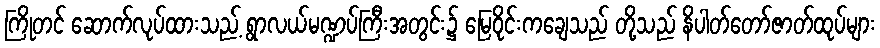
ကြိုတင် ဆောက်လုပ်ထားသည့် ရွာလယ်မဏ္ဍပ်ကြီးအတွင်း၌ မြေဝိုင်းကချေသည် တို့သည် နိပါတ်တော်ဇာတ်ထုပ်များ